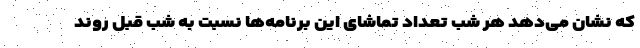
که نشان می‌دهد هر شب تعداد تماشای این برنامه‌ها نسبت به شب قبل روند